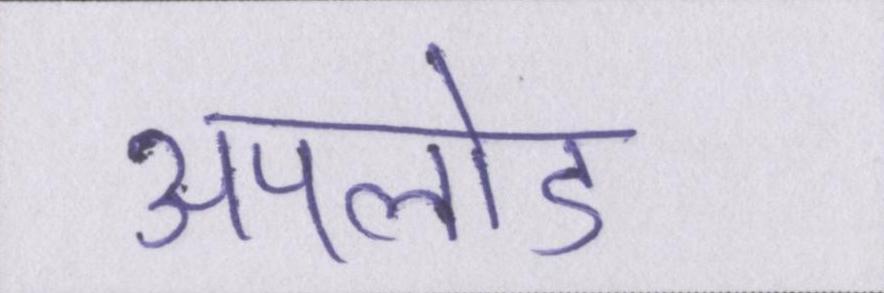
अपलोड